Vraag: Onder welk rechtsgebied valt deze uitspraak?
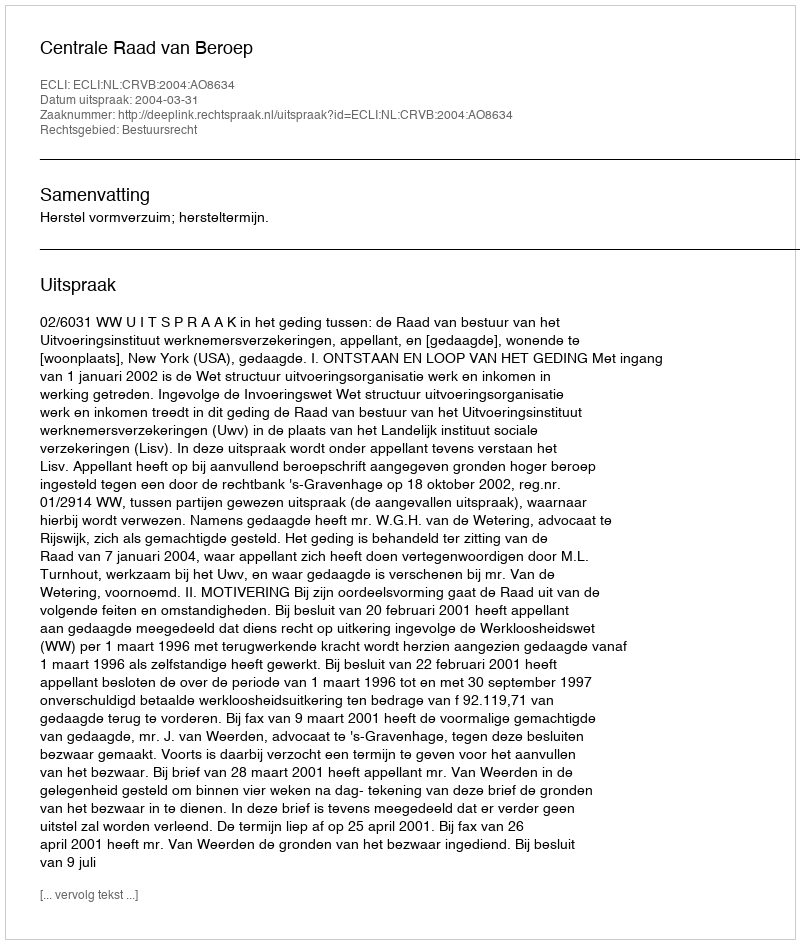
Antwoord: Bestuursrecht